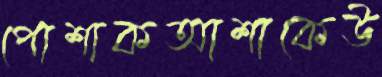
পোশাকআশাকেউ